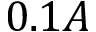
0 . 1 A